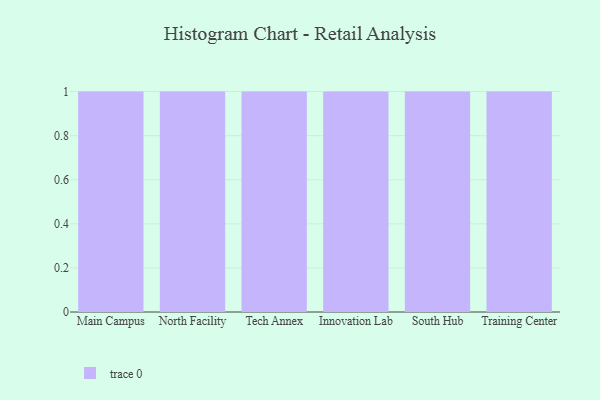
{"axis": {"x": "Campus", "y": "Bounce Rate (%)"}, "legend": [""], "data": [{"x": "Main Campus", "y": 18, "type": ""}, {"x": "North Facility", "y": 66, "type": ""}, {"x": "Tech Annex", "y": 15, "type": ""}, {"x": "Innovation Lab", "y": 38, "type": ""}, {"x": "South Hub", "y": 94, "type": ""}, {"x": "Training Center", "y": 88, "type": ""}]}